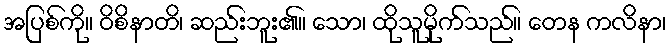
အပြစ်ကို။ ဝိစိနာတိ၊ ဆည်းဘူး၏။ သော၊ ထိုသူမိုက်သည်။ တေန ကလိနာ၊